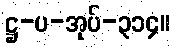
ဋ္ဌ-ပ-အုပ်-၃၁၄။